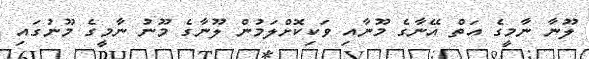
ލޫނާ ނާމީގެ އަތް އޭނާގެ މޫނާއި ވަކިކޮށްލަމުން ލޫނާގެ މޫނު ނާމީގެ މޫނުގައި